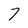
Character: 7